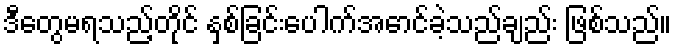
ဒီတွေမရသည့်တိုင် နှစ်ခြင်းပေါက်အောင်ခဲ့သည်ချည်း ဖြစ်သည်။